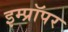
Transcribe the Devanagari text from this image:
इम्प्रॉपर